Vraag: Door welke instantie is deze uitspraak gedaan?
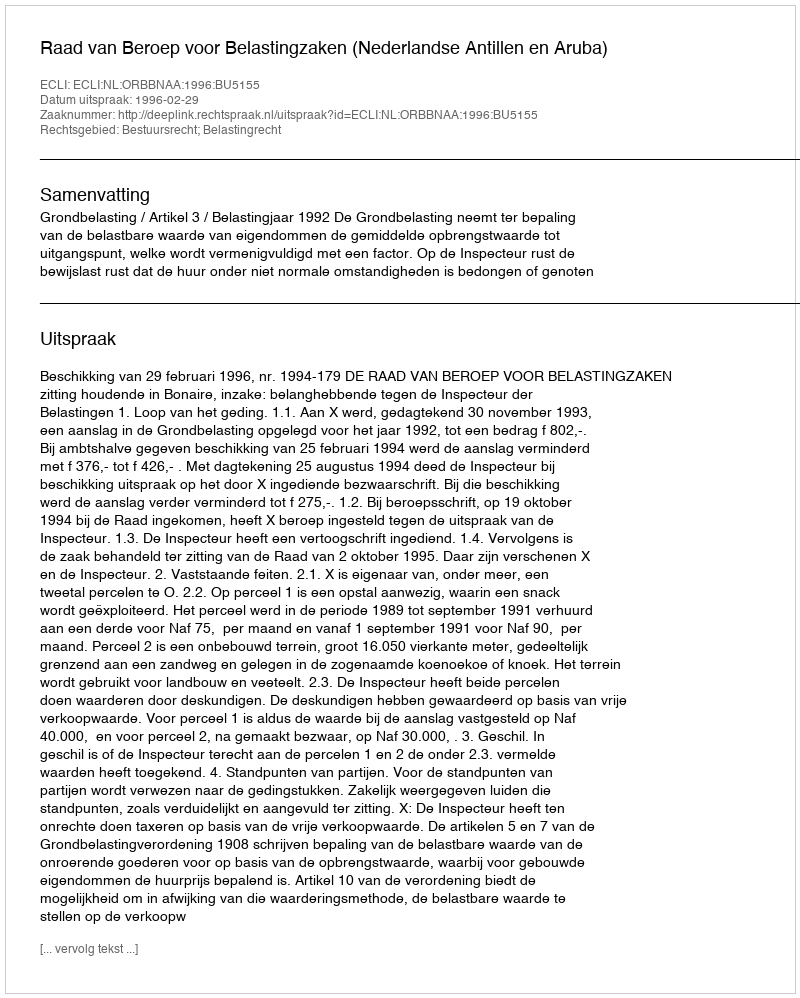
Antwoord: Raad van Beroep voor Belastingzaken (Nederlandse Antillen en Aruba)